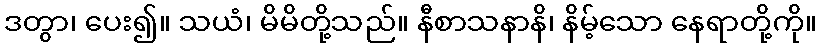
ဒတွာ၊ ပေး၍။ သယံ၊ မိမိတို့သည်။ နီစာသနာနိ၊ နိမ့်သော နေရာတို့ကို။